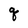
Character: q